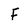
Character: F